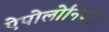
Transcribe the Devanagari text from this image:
ऐपोलोनियस